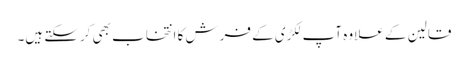
قالین کے علاوہ آپ لکڑی کے فرش کا انتخاب بھی کرسکتے ہیں۔